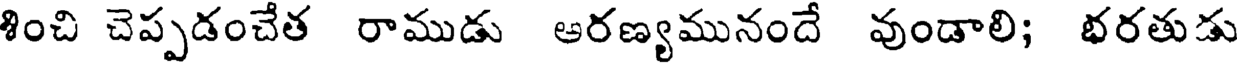
శించి చెప్పడంచేత రాముడు ఆరణ్యమునందే వుండాలి; భరతుడు